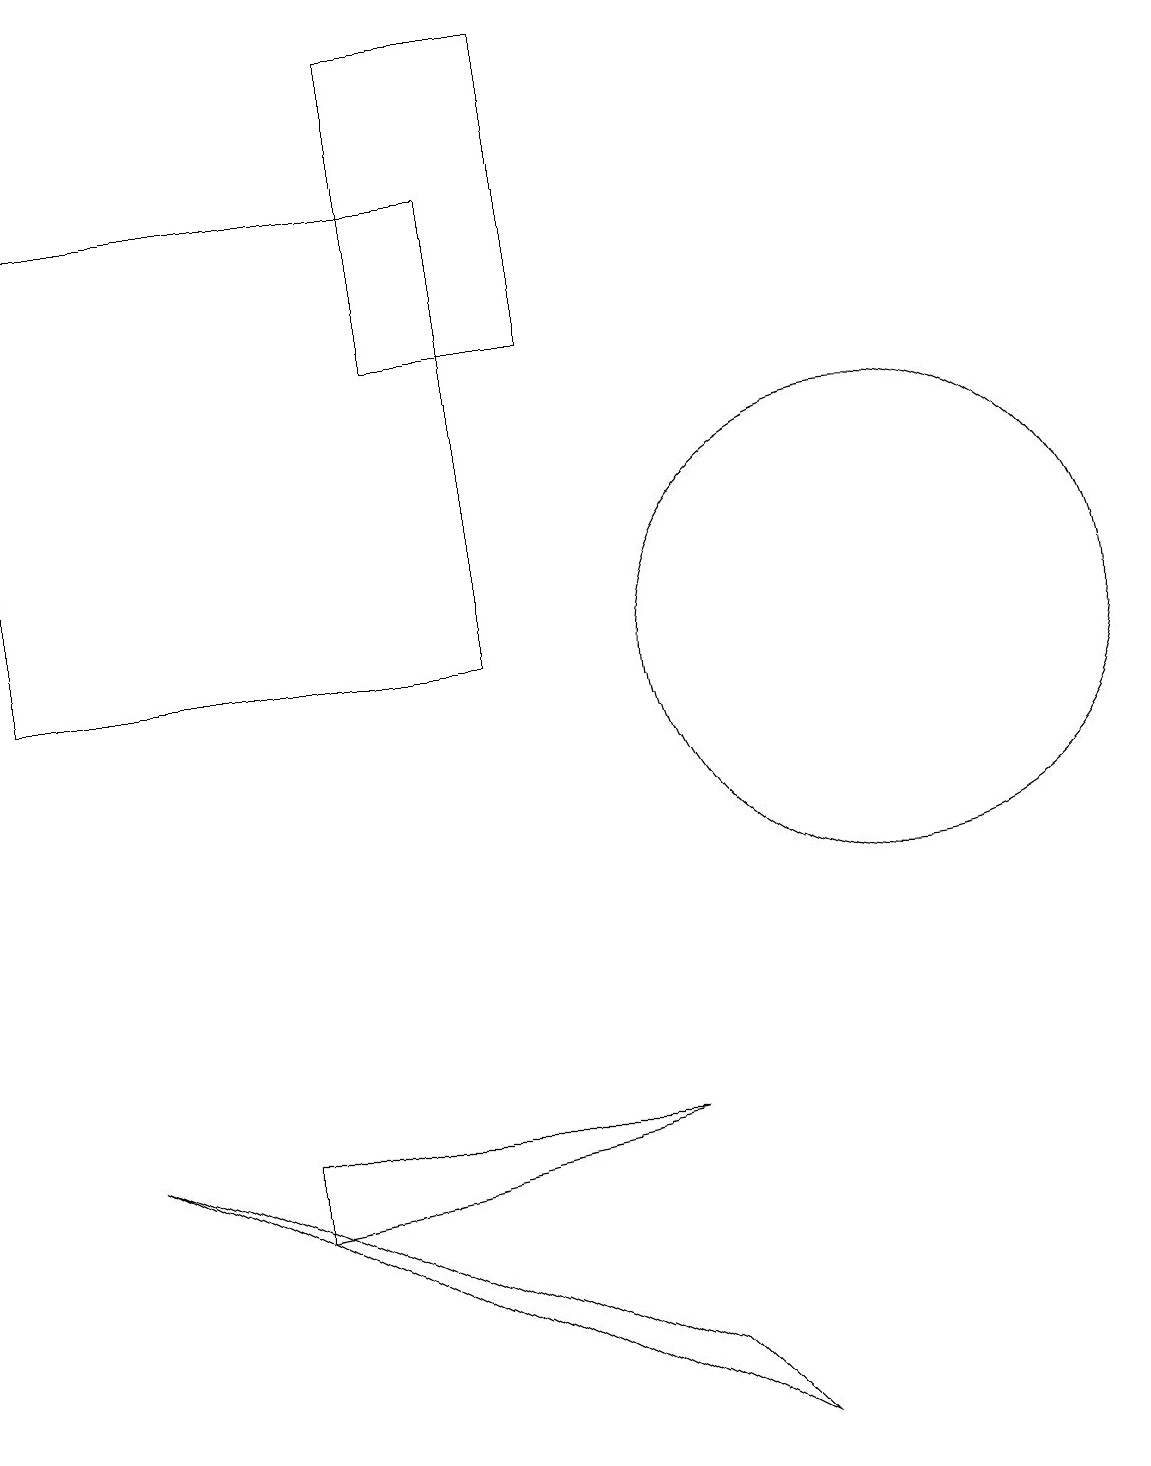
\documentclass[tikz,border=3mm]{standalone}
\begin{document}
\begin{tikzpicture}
\draw (5,15) rectangle (7,19);
\draw (0,11) rectangle (6,17);
\draw (11,11) circle (3);
\draw (8,5) -- (3,5) -- (3,4) -- cycle;
\draw (1,5) -- (9,1) -- (8,2) -- cycle;
\draw (3,11) rectangle (4,11);
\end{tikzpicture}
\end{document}